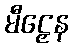
မီဠှေန